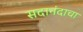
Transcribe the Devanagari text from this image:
सदानंदाचा